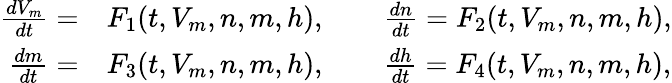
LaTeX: \begin{array}{rl}{\frac{dV_{m}}{dt}=}&{{}F_{1}(t,V_{m},n,m,h),\qquad\frac{dn}{dt}=F_{2}(t,V_{m},n,m,h),}\\ {\frac{dm}{dt}=}&{{}F_{3}(t,V_{m},n,m,h),\qquad\frac{dh}{dt}=F_{4}(t,V_{m},n,m,h),}\end{array}